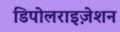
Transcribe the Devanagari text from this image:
डिपोलराइज़ेशन